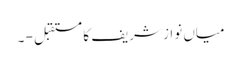
میاں نواز شریف کا مستقبل - ۔